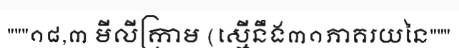
"""១៨,៣ មីលីក្រាម (ស្មើនឹង៣១ភាគរយនៃ"""